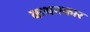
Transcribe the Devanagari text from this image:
कथनकार